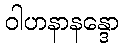
ဝါဟနာနန္ဒော